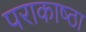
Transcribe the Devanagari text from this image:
पराकाष्‍ठा